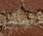
ثيابي